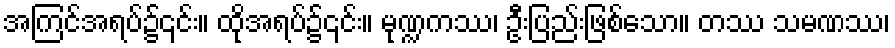
အကြင်အရပ်၌၎င်း။ ထိုအရပ်၌၎င်း။ မုဏ္ဍကဿ၊ ဦးပြည်းဖြစ်သော။ တဿ သမဏဿ၊